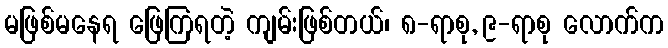
မဖြစ်မနေရ ဖြေကြရတဲ့ ကျမ်းဖြစ်တယ်၊ ၈-ရာစု, ၉-ရာစု လောက်က